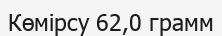
Көмірсу 62,0 грамм